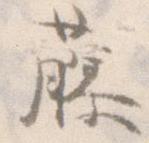
藤